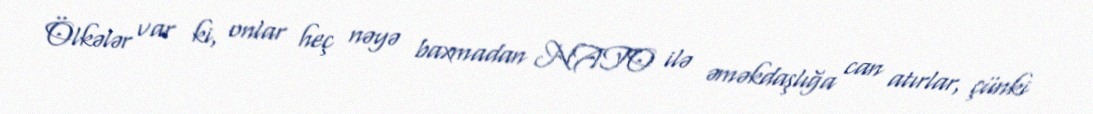
Ölkələr var ki, onlar heç nəyə baxmadan NATO ilə əməkdaşlığa can atırlar, çünki